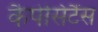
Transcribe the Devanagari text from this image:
कैपेसिटैंस